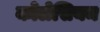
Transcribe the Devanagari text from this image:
कोलेसियम